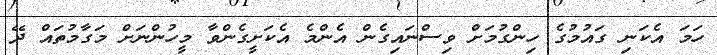
ހަމަ އެކަނި ގައުމުގެ ހިންގުމަށް ވިސްނައިގެން އެންމެ އެކަށީގެންވާ މީހުންނަށް މަގާމުތައް ދޭ